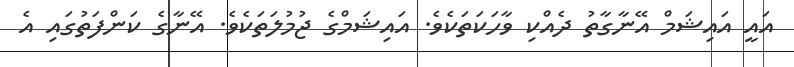
އައީ އައިޝަމް އޭނާގާތު ދެއްކި ވާހަކަތަކެވެ. އައިޝަމްގެ ޖުމުލަތަކެވެ. އޭނާގެ ކަންފަތުގައި އެ